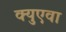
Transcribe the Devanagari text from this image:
क्युएवा